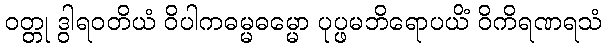
ဝတ္တု ဒွါရဝတိယံ ဝိပါကဓမ္မဓမ္မော ပုပ္ဖမဘိရောပယိံ ဝိကိရဏရသံ